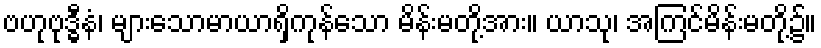
ဗဟုဗုဒ္ဓီနံ၊ များသောမာယာရှိကုန်သော မိန်းမတို့အား။ ယာသု၊ အကြင်မိန်းမတို့၌။